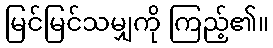
မြင်မြင်သမျှကို ကြည့်၏။